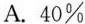
how to use new technology，”Zhang said。